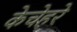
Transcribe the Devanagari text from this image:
केचेहरे